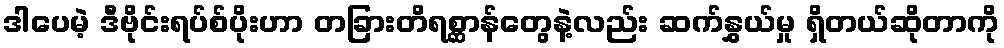
ဒါပေမဲ့ ဒီဗိုင်းရပ်စ်ပိုးဟာ တခြားတိရစ္ဆာန်တွေနဲ့လည်း ဆက်နွှယ်မှု ရှိတယ်ဆိုတာကို